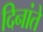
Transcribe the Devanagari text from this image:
दिनांते